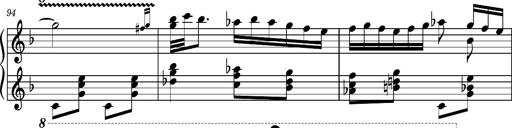
Title: Ungarischer Romanzero
Composer: Franz Liszt